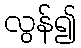
လွန်၍